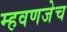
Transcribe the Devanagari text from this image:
म्हवणजेच